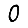
Digit: 0